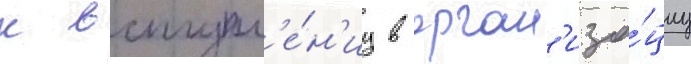
к вступл'е́н'иу в орган'иза́циу